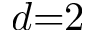
d { = } 2